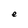
Character: e